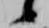
候